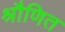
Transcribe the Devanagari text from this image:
श्रौणित